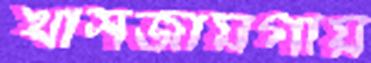
খাসজায়গায়